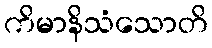
ကိမာနိသံသောတိ